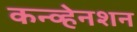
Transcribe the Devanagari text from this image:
कन्व्हेनशन